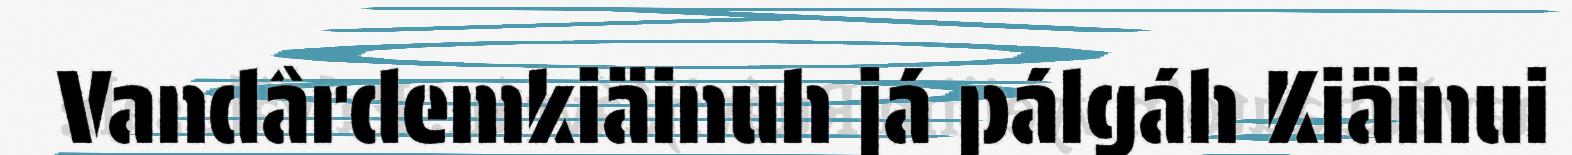
Vandârdemkiäinuh já pálgáh Kiäinui